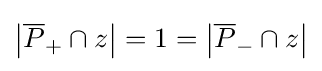
\left|{\overline {P}}_{+}\cap z\right|=1=\left|{\overline {P}}_{-}\cap z\right|